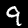
Digit: 9